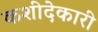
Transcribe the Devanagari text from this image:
कशीदेकारी